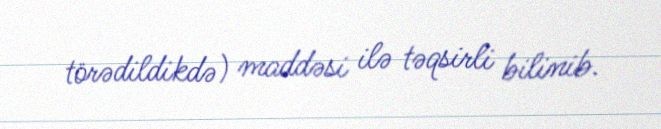
törədildikdə) maddəsi ilə təqsirli bilinib.